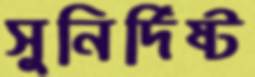
সুনির্দিষ্ট